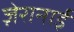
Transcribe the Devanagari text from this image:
ज़ेरानाई